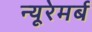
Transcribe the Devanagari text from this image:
न्यूरेमर्ब